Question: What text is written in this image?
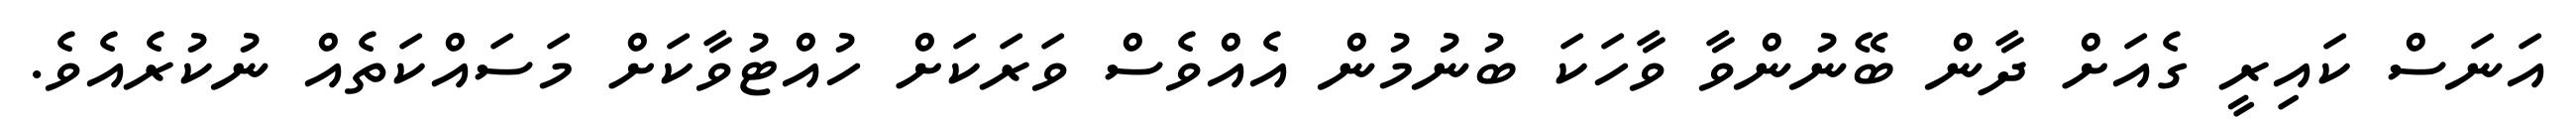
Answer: އަނަސް ކައިރީ ގެއަށް ދާން ބޭނުންވާ ވާހަކަ ބުނުމުން އެއްވެސް ވަރަކަށް ހުއްޓުވާކަށް މަސައްކަތެއް ނުކުރެއެވެ.